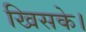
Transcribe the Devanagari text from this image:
खिसके।